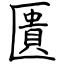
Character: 匱